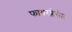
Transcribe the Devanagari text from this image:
फायरप्लेसेज